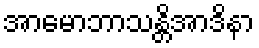
အာမောဘာသန္တိအာဒိနာ